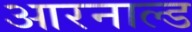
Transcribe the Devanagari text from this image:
आरनाल्ड